Bréfritari: Þórunn Pálsdóttir
Viðtakandi: Páll Pálsson
Dagsetning: A-1826-12-22
Skrifað á: Hallfreðarstöðum  N-Múl.
Páll var bróðir Þórunnar

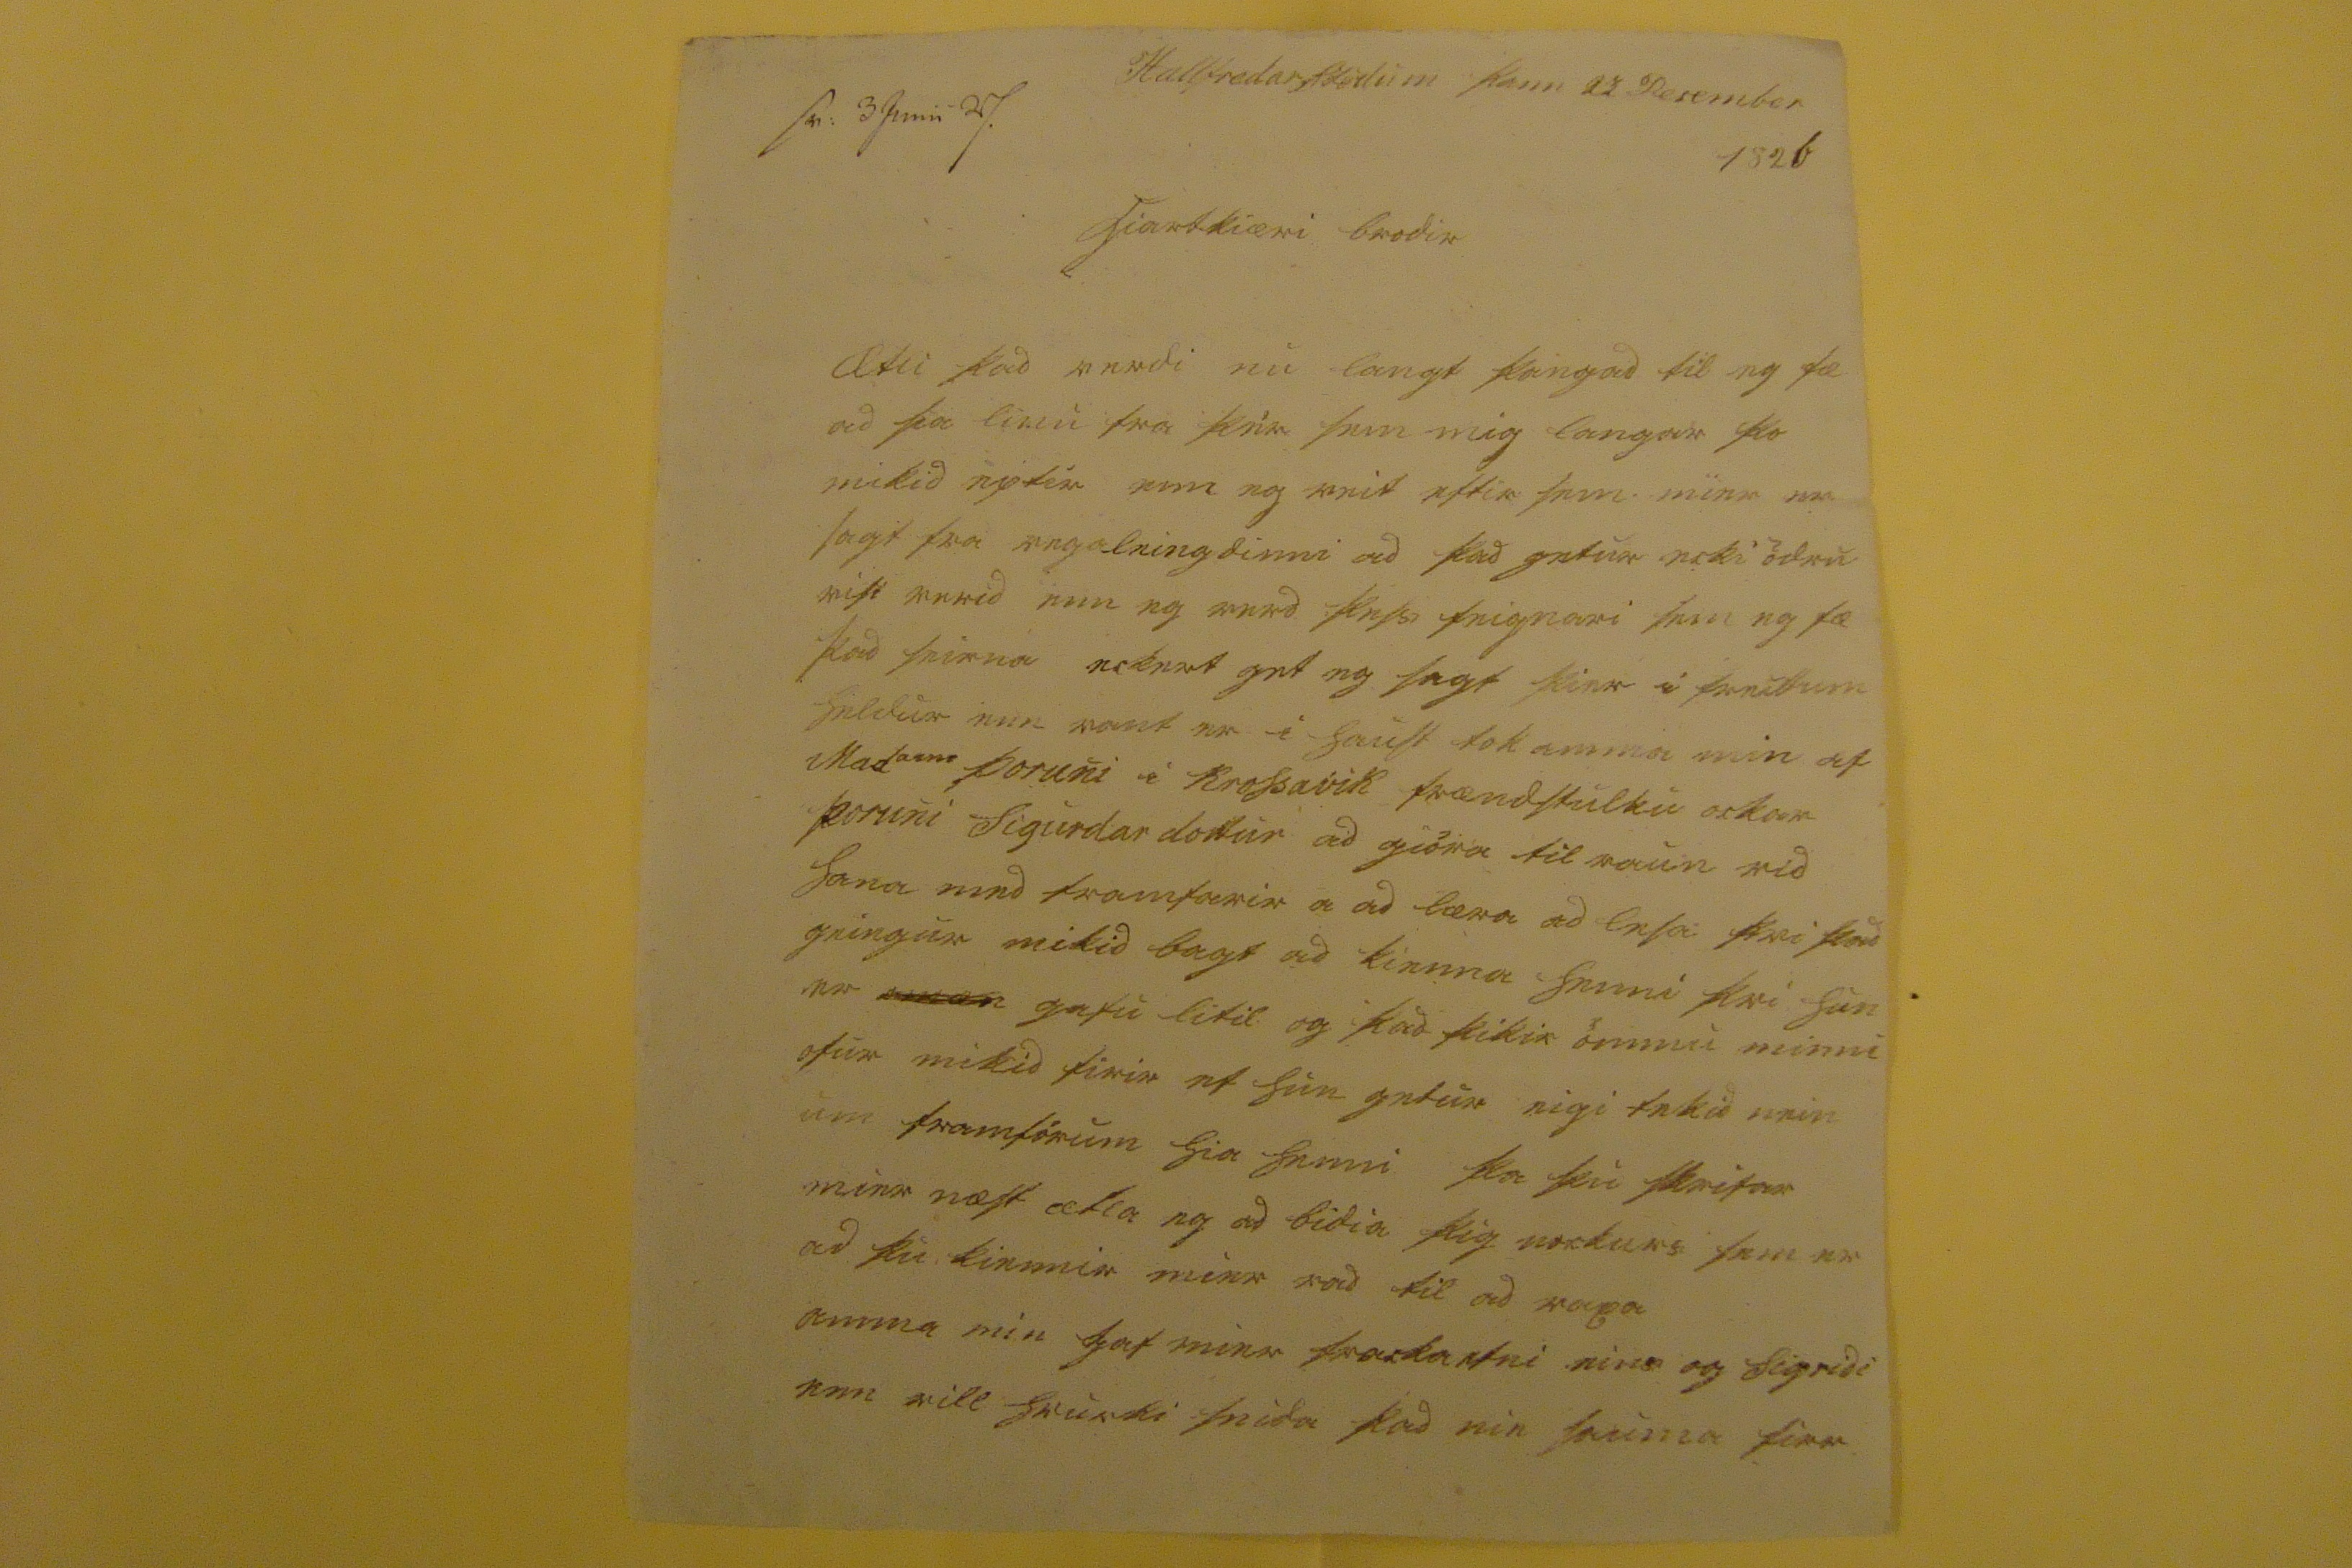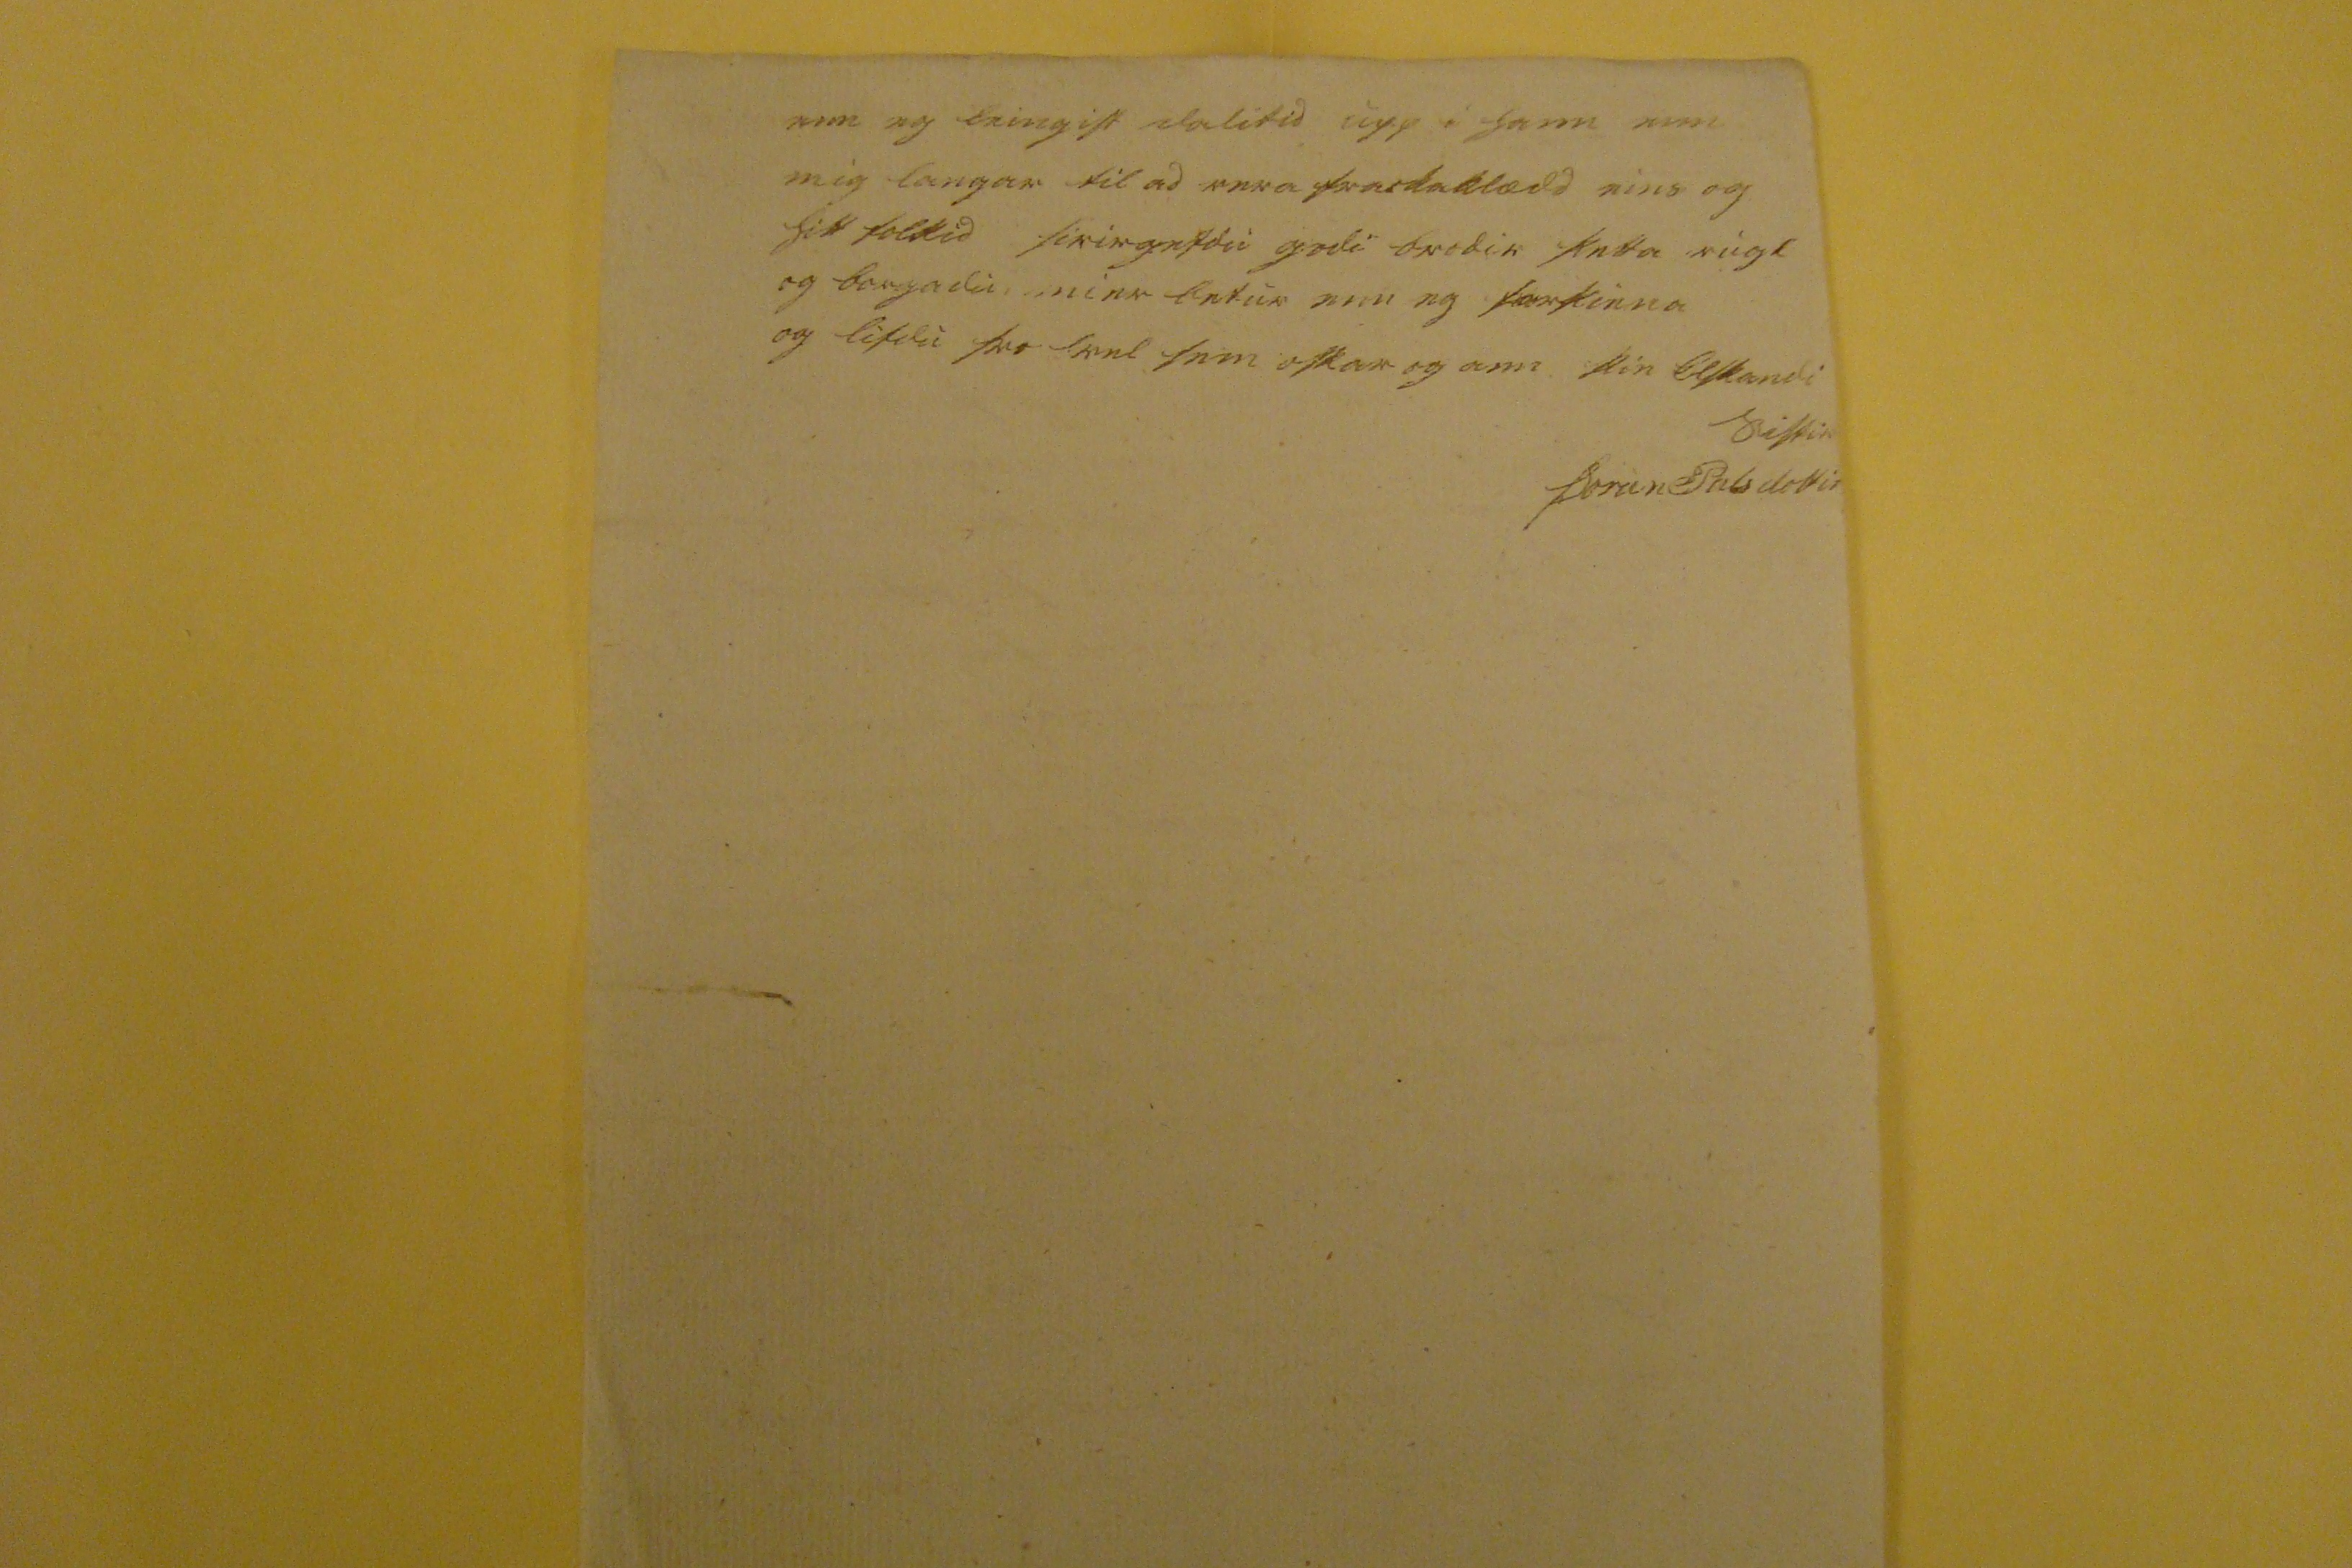

Hallfredarstödum þann 22 Desember 1826
s0 3 Junii 27.
hiartkiæri brodir
Ætli þad verdi nu langt þangad til eg fæ ad sia linu fra þér sem mig langar svo mikid eptir enn eg veit eftir sem mier er sagt fra vegaleingdinni ad þad getur ecki ödru vist verid enn eg verd þessi feignari sem eg fæ þad seinna eckert get eg sagt þier i freittum heldur enn vant er i haust tok amma min af Mad
ame
Þoruni i Krossavik frændstulku ockar Þoruni Sigurdardottur ad giora tilraun vid hana med framfarir a ad læra ad lesa: þvi þad geingur mikid bagt ad kienna henni þvi hun er
00000
getu litil og þad þikir ömmu minni ofur mikid firir ef hun getur eigi tekid nein um framförum hia henni þa þvi skrifar mier næst ætla eg ad bidia þig nockurs sem er ad þu kiennir mier rad til ad
rapa
amma min gaf mier frackaefni eins og Sigridi enn vill hvurki snida þad nie sauma sier
enn eg
deingist
dalitid upp i hann enn mig langar til ad vera frackaklædd eins og hitt folkid firirgefdu godi brodir þetta rugl og borgadu mier letur enn eg
fartinna
og lifdu svo vel sem oskar og ann
þin elskandi sistir
Þorun Palsdottir